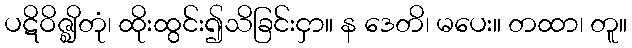
ပဋိဝိဇ္ဈိတုံ၊ ထိုးထွင်း၍သိခြင်းငှာ။ န ဒေတိ၊ မပေး။ တထာ၊ တူ။